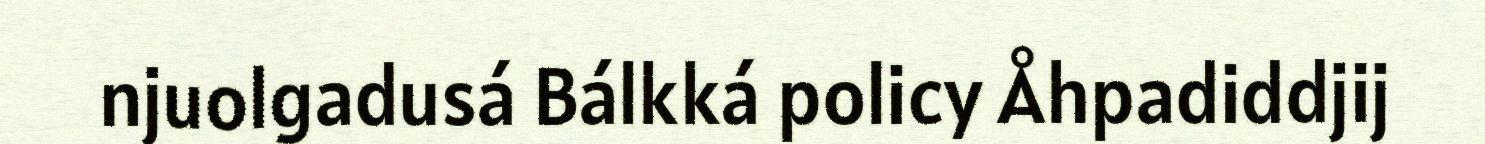
njuolgadusá Bálkká policy Åhpadiddjij